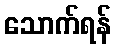
သောက်ရန်